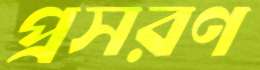
প্রসরণ